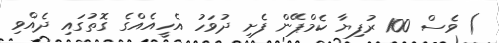
) ވެސް 100 ރުފިޔާ ކެމްޕޭން ފެށި ދުވަހު އެހީއެއްގެ ގޮތުގައި ދެއްވި